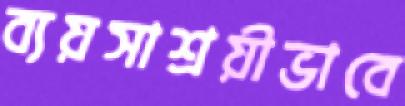
ব্যয়সাশ্রয়ীভাবে